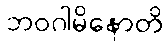
ဘဝဂါမိနောတိ